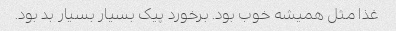
غذا مثل همیشه خوب بود. برخورد پیک بسیار بسیار بد بود.